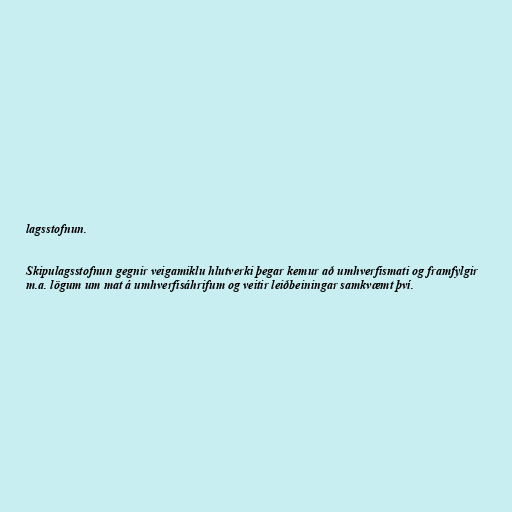
lagsstofnun.

Skipulagsstofnun gegnir veigamiklu hlutverki þegar kemur að umhverfismati og framfylgir
m.a. lögum um mat á umhverfisáhrifum og veitir leiðbeiningar samkvæmt því.